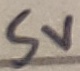
Text: 5V